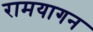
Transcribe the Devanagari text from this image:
रामयागन